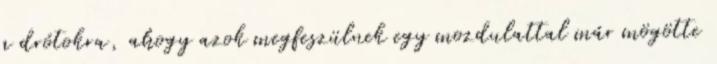
a drótokra, ahogy azok megfeszülnek egy mozdulattal már mögötte